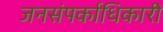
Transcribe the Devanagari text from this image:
जनसंपर्काधिकारी